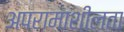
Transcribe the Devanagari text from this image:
अपरामाशीलता